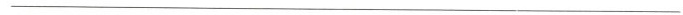
___